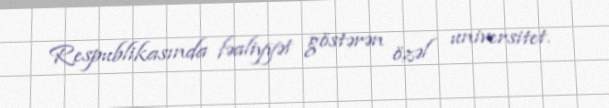
Respublikasında fəaliyyət göstərən özəl universitet.